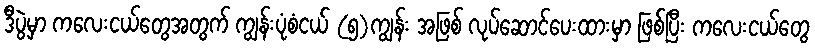
ဒီပွဲမှာ ကလေးငယ်တွေအတွက် ကျွန်းပုံစံငယ် (၅)ကျွန်း အဖြစ် လုပ်ဆောင်ပေးထားမှာ ဖြစ်ပြီး ကလေးငယ်တွေ